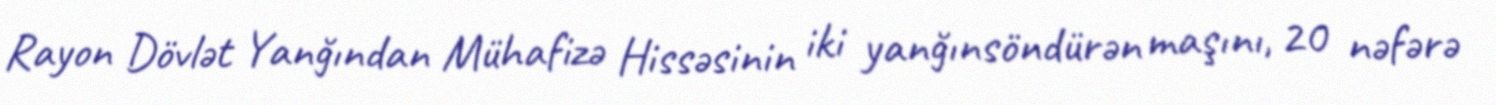
Rayon Dövlət Yanğından Mühafizə Hissəsinin iki yanğınsöndürən maşını, 20 nəfərə